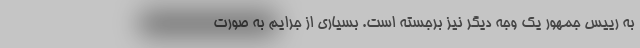
به رییس جمهور یک وجه دیگر نیز برجسته است. بسیاری از جرایم به صورت